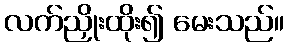
လက်ညှိုးထိုး၍ မေးသည်။